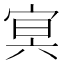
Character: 㝠